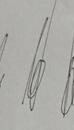
Signature authenticity: genuine